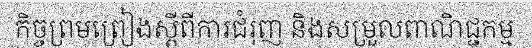
កិច្ចព្រមព្រៀងស្តីពីការជំរុញ និងសម្រួលពាណិជ្ជកម្ម